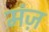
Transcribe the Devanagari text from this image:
मंज़